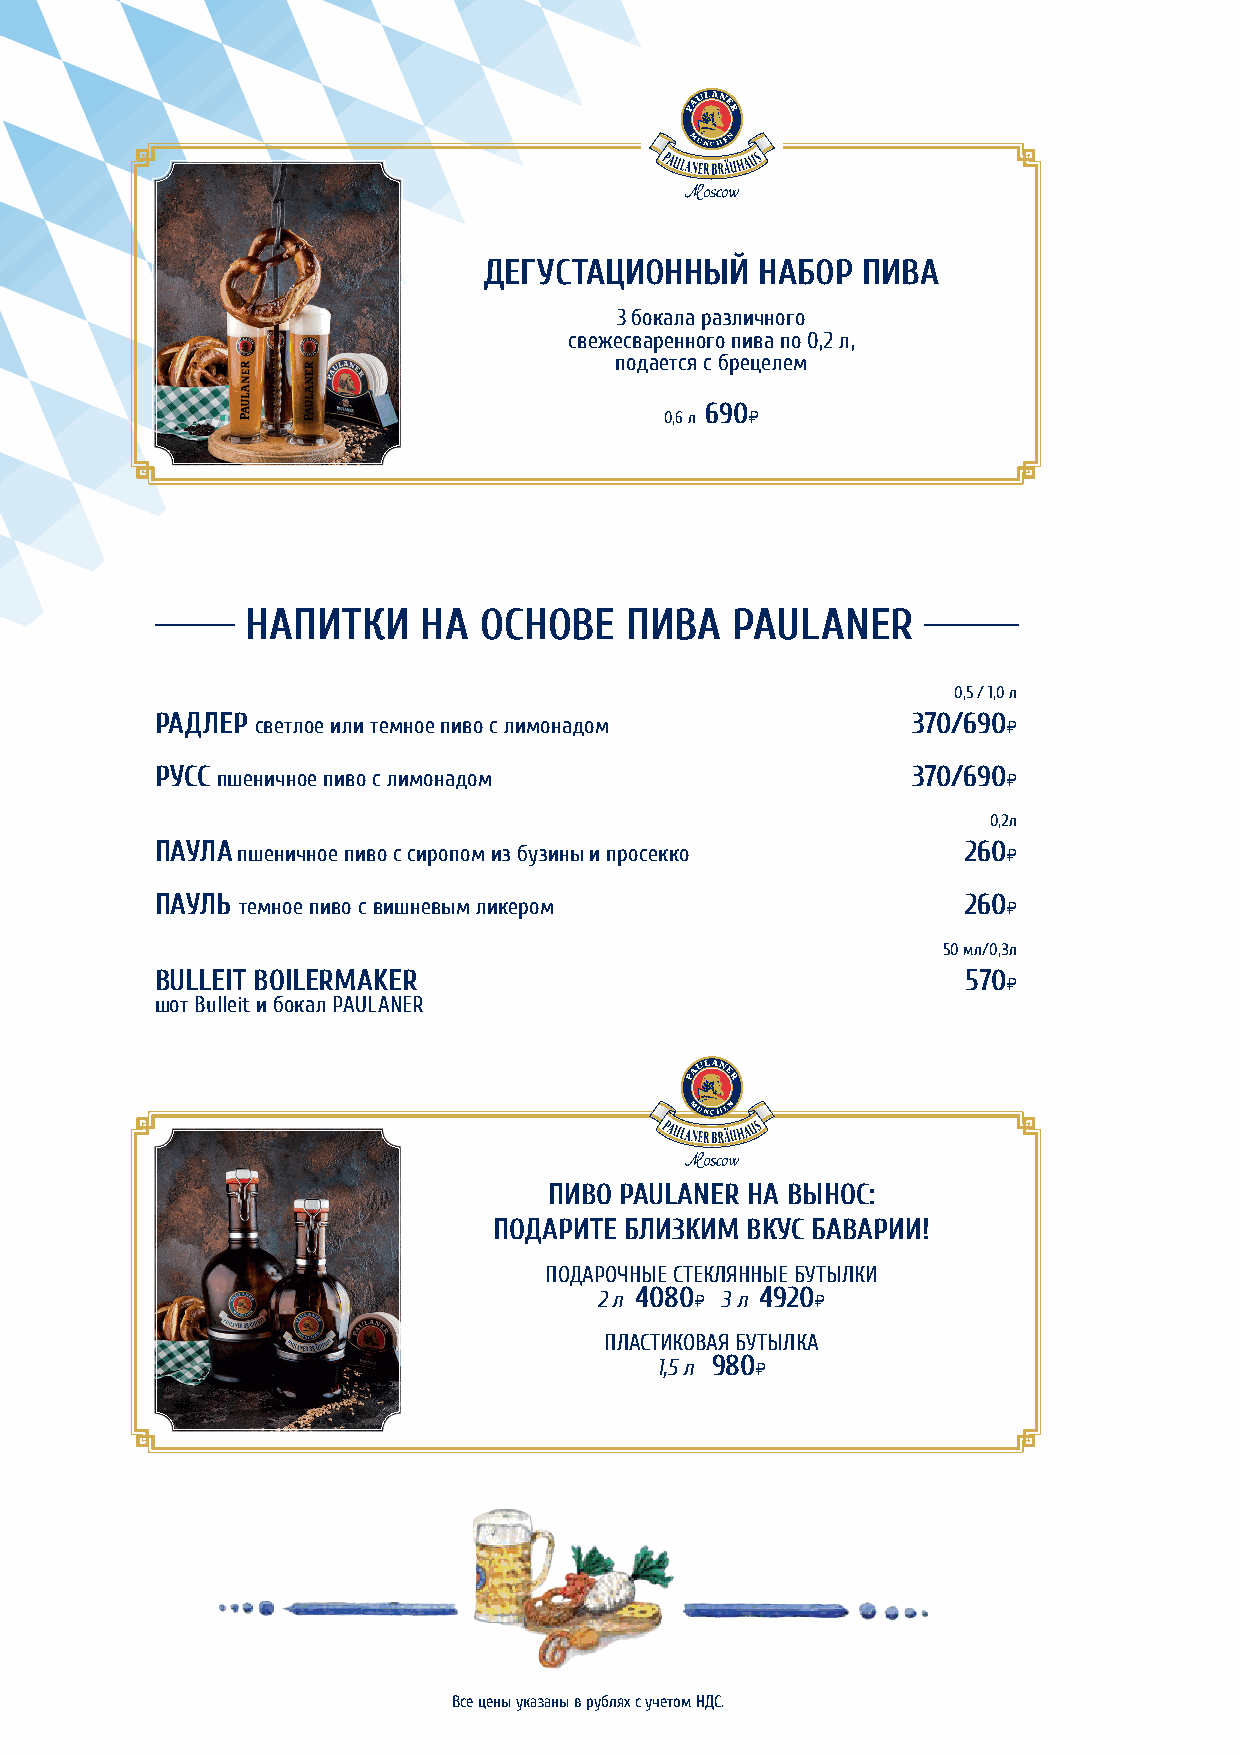
ДЕГУСТАЦИОННЫЙ    НАБОР  ПИВА
 3 бокала различного
 свежесваренного пива по 0,2 л,
 подается с брецелем
 0,6 л
 690И
 НАПИТКИ     НА  ОСНОВЕ   ПИВА   PAULANER
 0,5 / 1,0 л
 РАДЛЕР светлое или темное пиво с лимонадом        370/690И
 РУСС пшеничное пиво с лимонадом                   370/690И
 0,2л
 ПАУЛА пшеничное пиво с сиропом из бузины и просекко   260И
 ПАУЛЬ темное пиво с вишневым ликером                  260И
 50 мл/0,3л
 BULLEIT BOILERMAKER                                   570И
 шот Вulleit и бокал PAULANER
 ПИВО PAULANER НА ВЫНОС:
 ПОДАРИТЕ БЛИЗКИМ ВКУС БАВАРИИ!
 ПОДАРОЧНЫЕ СТЕКЛЯННЫЕ БУТЫЛКИ
 2 л 4080И 3 л 4920И
 ПЛАСТИКОВАЯ БУТЫЛКА
 1,5 л 980И
 Все цены указаны в рублях с учетом НДС.